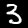
Label: 3